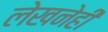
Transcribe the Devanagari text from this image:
लेखनेही